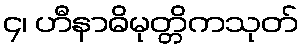
၄၊ ဟီနာဓိမုတ္တိကသုတ်